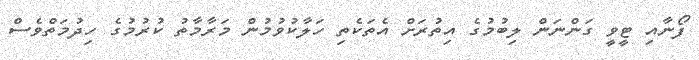
ފޯނާއި ޓީވީ ގަންނަން ލިބުމުގެ އިތުރަށް އެތަކެތި ހަލާކުވުމުން މަރާމާތު ކުރުމުގެ ހިދުމަތްވެސް